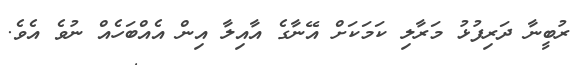
ރުބީނާ ދަރިފުޅު މަރާލި ކަމަކަށް އޭނާގެ އާއިލާ އިން އެއްބަހެއް ނުވެ އެވެ.